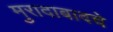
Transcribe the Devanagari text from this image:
मुरादाबादचे